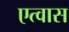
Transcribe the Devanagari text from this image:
एत्वास